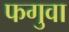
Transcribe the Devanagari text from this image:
फगुवा